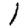
Digit: 1